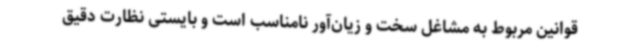
قوانین مربوط به مشاغل سخت و زیان‌آور نامناسب است و بایستی نظارت دقیق